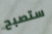
ستصبح